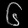
Digit: ၆